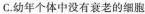
C.幼年个体中没有衰老的细胞